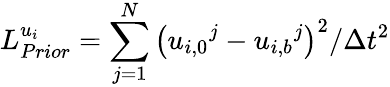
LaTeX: L_{Prior}^{u_{i}}=\sum_{j=1}^{N}{{{\left({{u_{i,0}}^{j}}-{{u_{i,b}}^{j}}\right)}^{2}}/\Delta{{t}^{2}}}